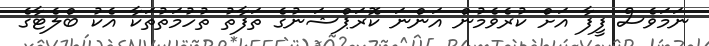
ނަމަވެސް ފީފާ އަށް ކުރެވެމުން އަންނަ ކޮރަޕްޝަނުގެ ތަފާތު ތުހުމަތުތަކާ އެކު ބްލެޓާގެ